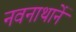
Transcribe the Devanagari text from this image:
नवनाथानें